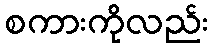
စကားကိုလည်း